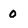
Character: 0